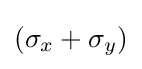
(\sigma _{x}+\sigma _{y})